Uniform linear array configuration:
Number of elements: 32
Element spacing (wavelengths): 1
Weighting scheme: hamming
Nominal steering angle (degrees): -45
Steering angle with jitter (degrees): -46.45
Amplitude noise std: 0.05
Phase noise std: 0.05

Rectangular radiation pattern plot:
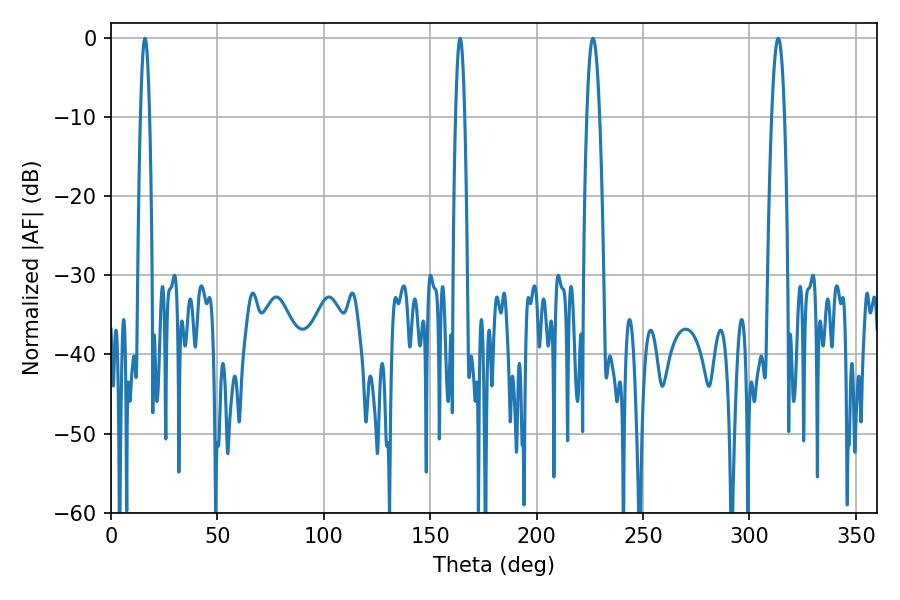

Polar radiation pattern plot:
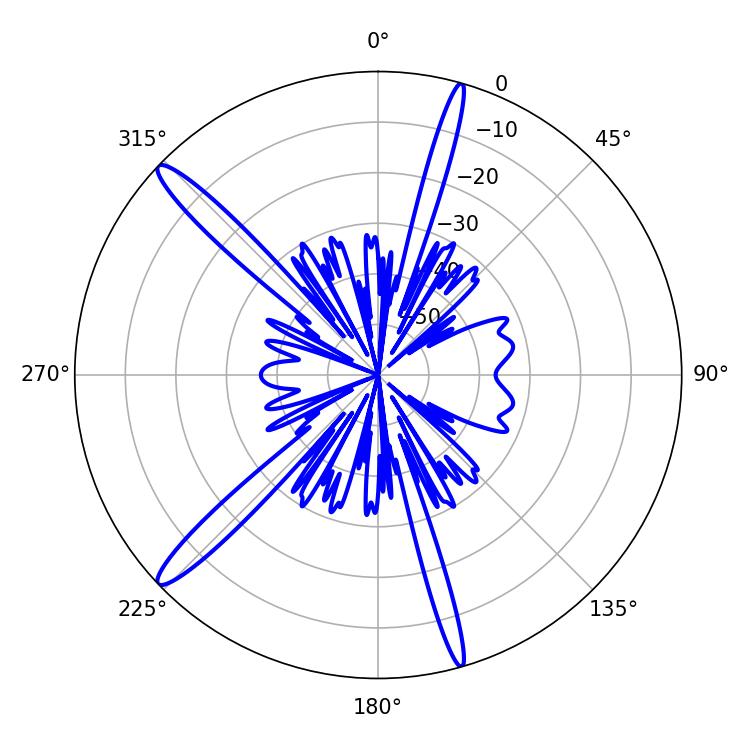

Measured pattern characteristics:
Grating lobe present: TRUE
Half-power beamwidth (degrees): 3.24
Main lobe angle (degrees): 226.44